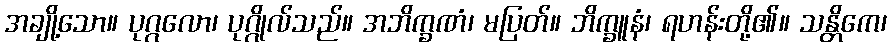
အချို့သော။ ပုဂ္ဂလော၊ ပုဂ္ဂိုလ်သည်။ အဘိက္ခဏံ၊ မပြတ်။ ဘိက္ခူနံ၊ ရဟန်းတို့၏။ သန္တိကေ၊